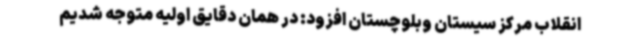
انقلاب مرکز سیستان وبلوچستان افزود: در همان دقایق اولیه متوجه شدیم